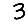
Digit: 3